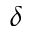
\delta